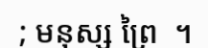
; មនុស្ស ព្រៃ  ។